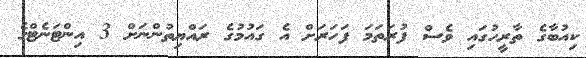
ކިއުބާގެ ތާރީހުގައި ވެސް ފުރަތަމަ ފަހަރަށް އެ ގައުމުގެ ރައްޔިތުންނަށް 3 އިންޓަނެޓްގެ